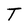
Character: T